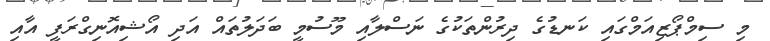
މި ސިމްޕޯޒިއަމްގައި ކަނޑުގެ ދިރުންތަކުގެ ނަސްލާއި މޫސުމީ ބަދަލުތައް އަދި އޯޝިއޮނިގްރަފީ އާއި